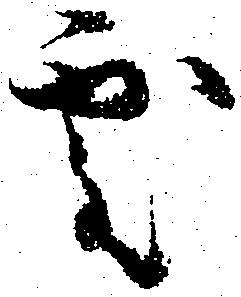
處